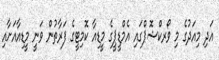
އަދި މިއަދުގެ މި ވޯރކްޝޮޕްގައި އެމްޑީޕީގެ މީޑިއާ ކޮމިޓީގެ ފަރާތުން ވަނީ މީޑިއާއަށާއި